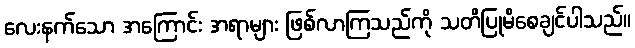
လေးနက်သော အကြောင်း အရာများ ဖြစ်လာကြသည်ကို သတိပြုမိစေချင်ပါသည်။